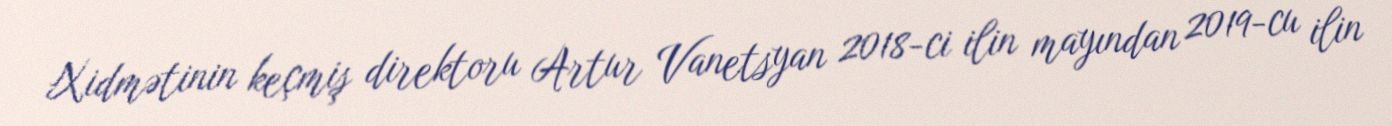
Xidmətinin keçmiş direktoru Artur Vanetsyan 2018-ci ilin mayından 2019-cu ilin